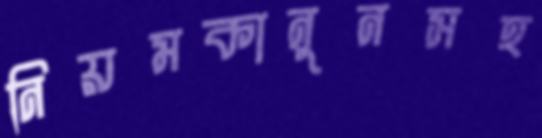
নিয়মকানুনসহ